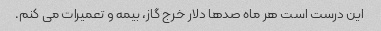
این درست است هر ماه صدها دلار خرج گاز، بیمه و تعمیرات می کنم.